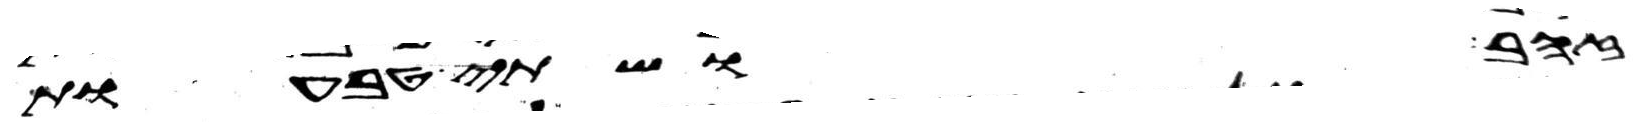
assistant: זהב ושתי טבעות